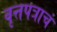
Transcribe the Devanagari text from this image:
वृत्तपत्राचं